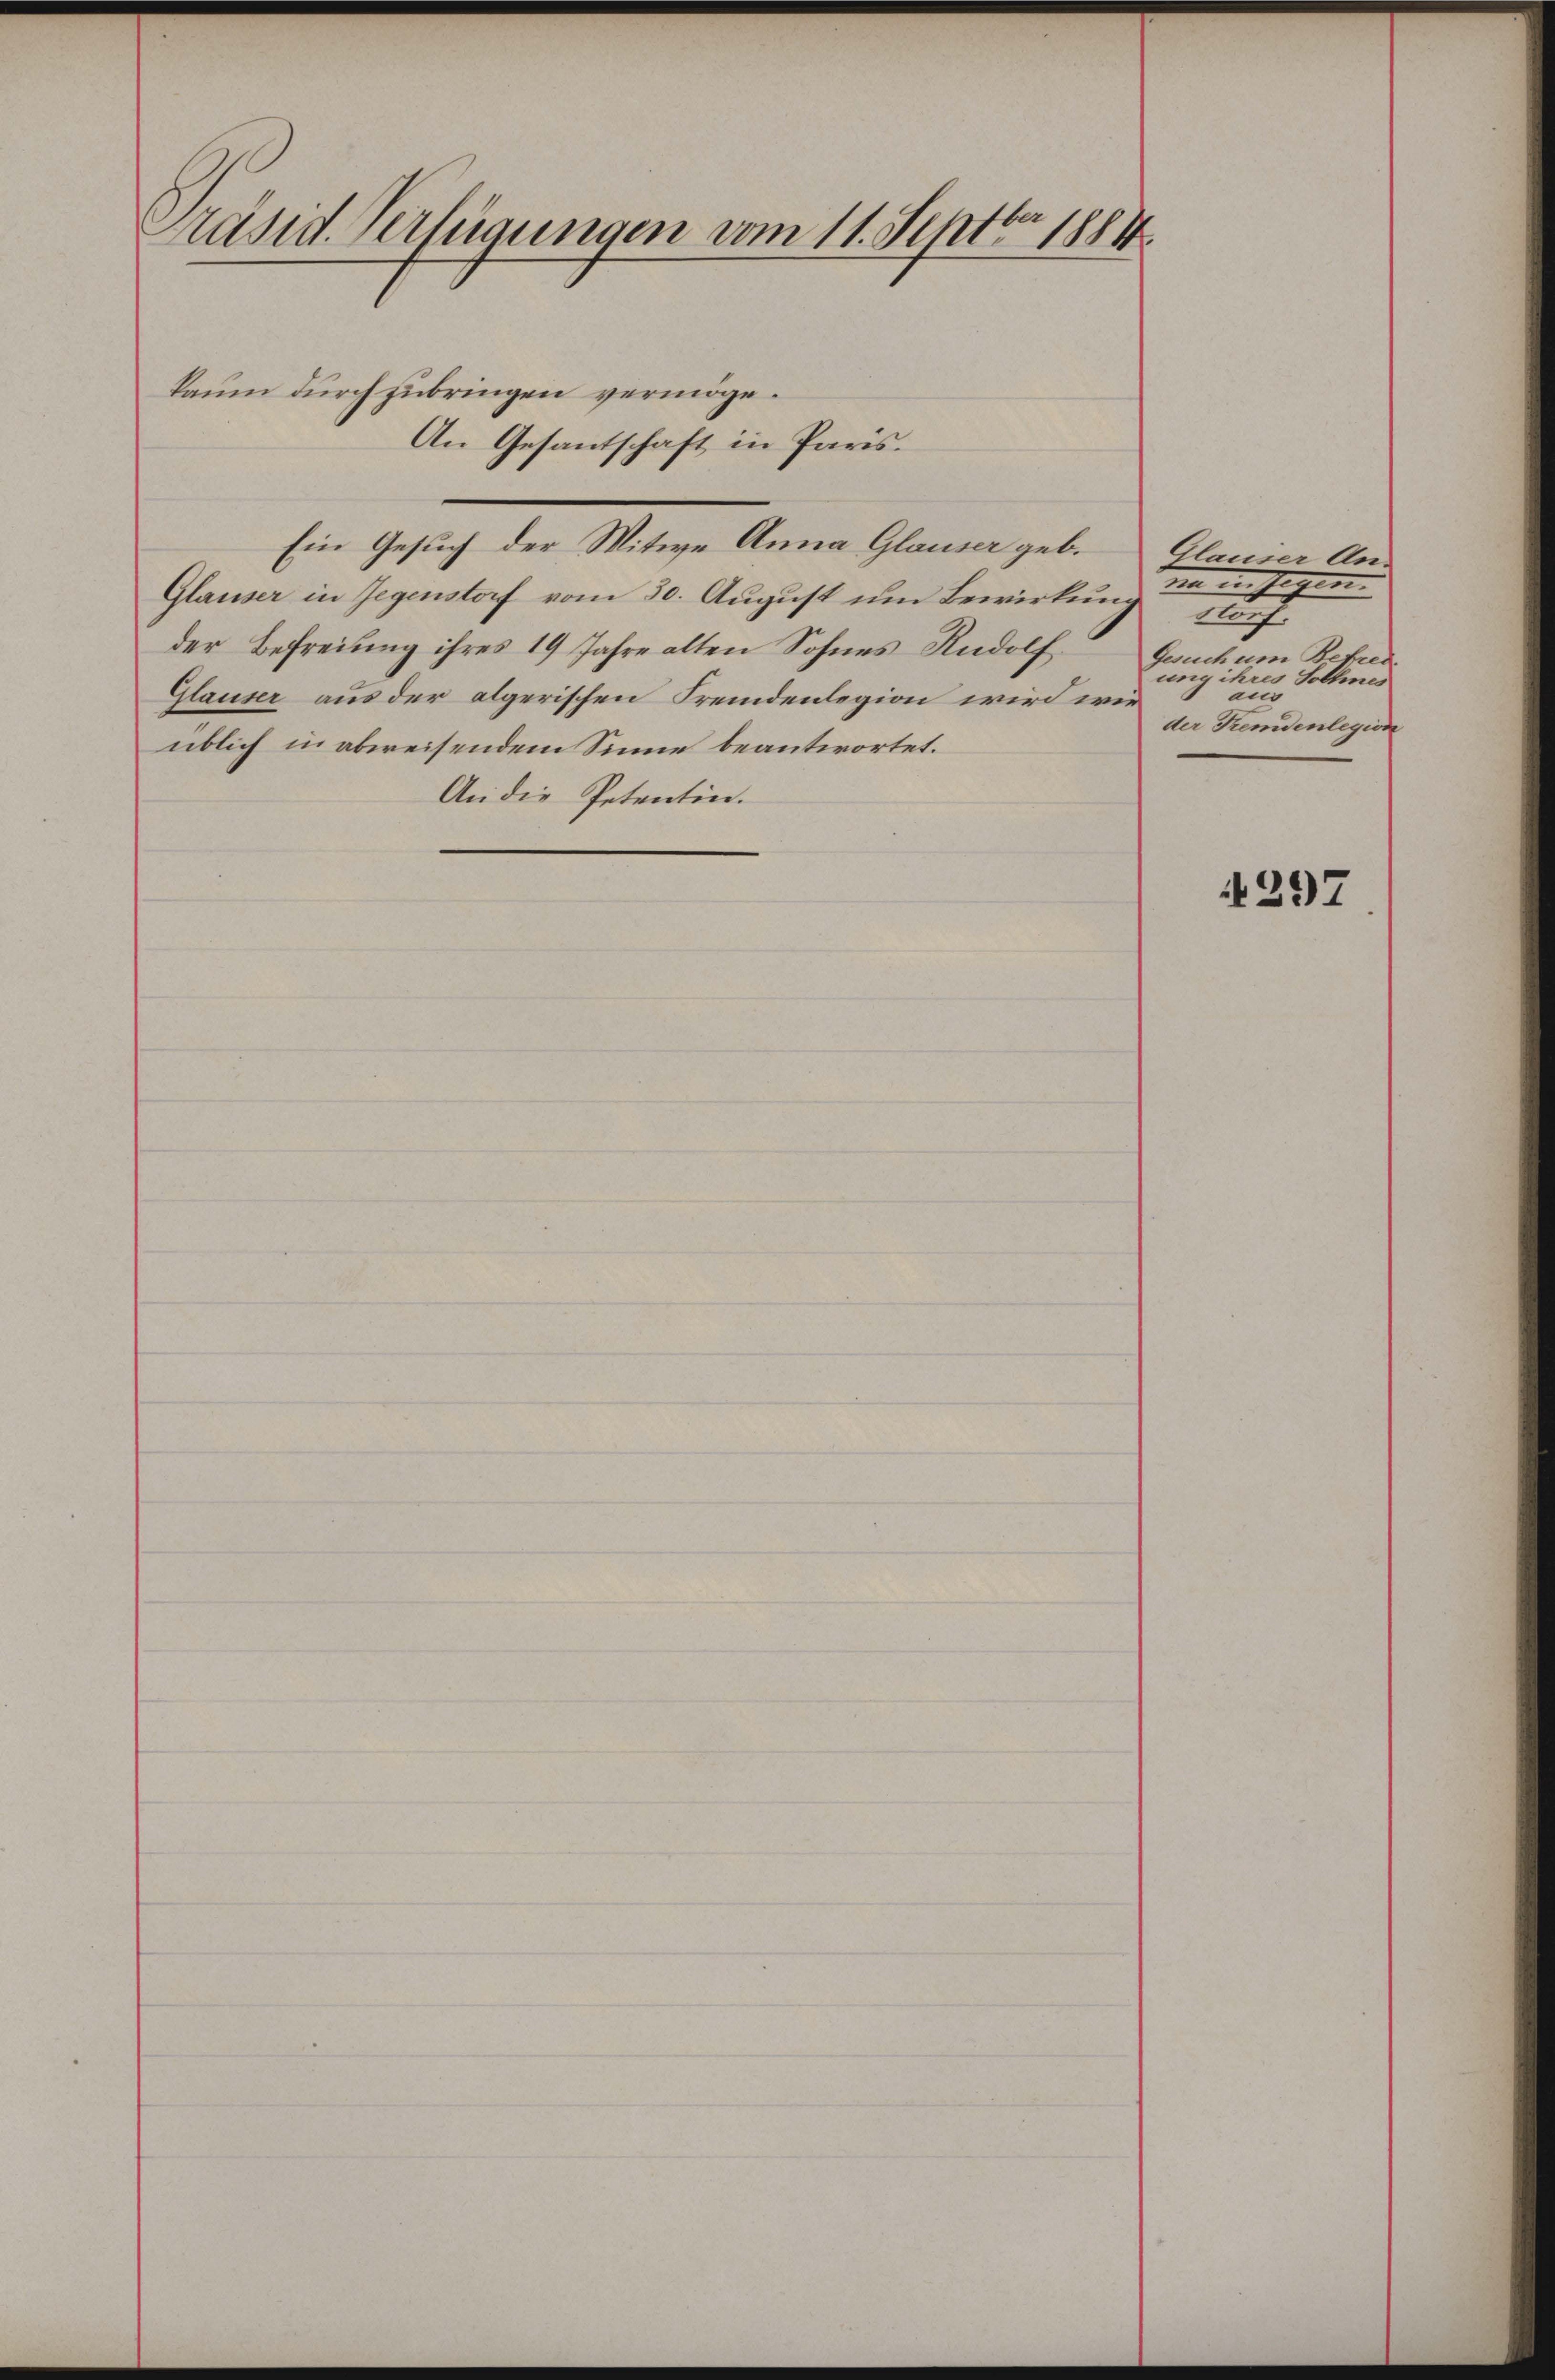
Präsid. Verfügungen vom 11. Septbr. 1884

Glauser in Gegenstorf vom 30. August um Bewirkung
der Befreiung ihres 19 Jahre alten Sohnes Rudolf
Glauser aus der algerischen Fremdenlegion wird wie
üblich in abweisendem Sinne beantwortet.
An die Petentin.

kaum durch zubringen vermöge.
An Gesantschaft in Paris.
Ein Gesuch der Mitwe Anna Glauser geb.

Glanier An-
na in sagen.
u
Gesuch um Betret
ung ihres Solles
aus
der Fremdenlegion

4297